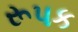
રૂપક